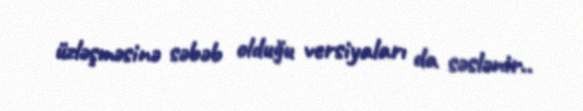
üzləşməsinə səbəb olduğu versiyaları da səslənir..